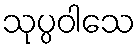
သုပ္ပဝါသေ